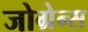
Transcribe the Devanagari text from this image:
जोग्रेन्स